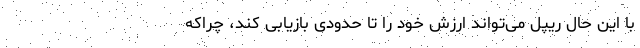
با این حال ریپل می‌تواند ارزش خود را تا حدودی بازیابی کند، چراکه